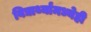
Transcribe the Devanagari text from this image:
विद्यार्थ्यांमध्येही